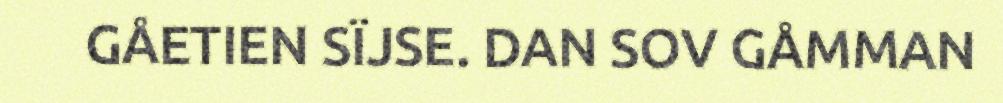
GÅETIEN SÏJSE. DAN SOV GÅMMAN